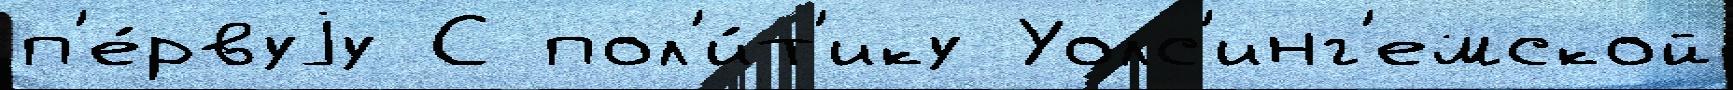
п'е́рвуjу С пол'и́т'ику Уолс'инг'емской